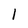
Character: I